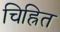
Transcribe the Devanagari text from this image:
चिह्रित